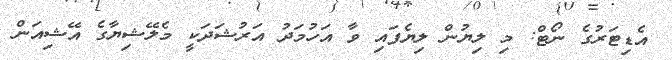
އެޑިޓަރުގެ ނޯޓް: މި ލިޔުން ލިޔެފައި ވާ އަހުމަދު އަރުޝަދަކީ މެލޭޝިޔާގެ އޭޝިއަން